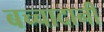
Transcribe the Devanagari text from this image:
बच्चादानी